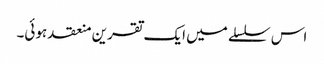
اس سلسلے میں ایک تقرین منعقد ہوئی۔